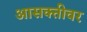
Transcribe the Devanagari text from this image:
आसक्तीवर